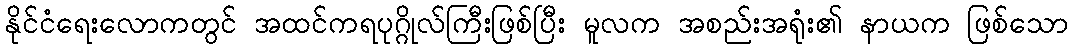
နိုင်ငံရေးလောကတွင် အထင်ကရပုဂ္ဂိုလ်ကြီးဖြစ်ပြီး မူလက အစည်းအရုံး၏ နာယက ဖြစ်သော